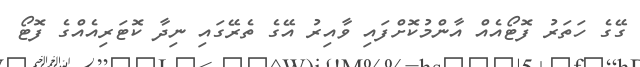
ގޭގެ ހަތަރު ފޮޓޯއެއް އާންމުކޮށްފައި ވާއިރު އޭގެ ތެރޭގައި ނިދާ ކޮޓަރިއެއްގެ ފޮޓޯ